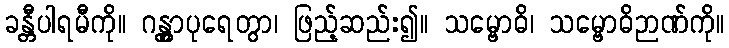
ခန္တီပါရမီကို။ ဂန္တွာပုရေတွာ၊ ဖြည့်ဆည်း၍။ သမ္ဗောဓိ၊ သမ္ဗောဓိဉာဏ်ကို။